Report of the Indian Hemp Drugs Commission, 1894-1895 - Volume VI
Year: 1894
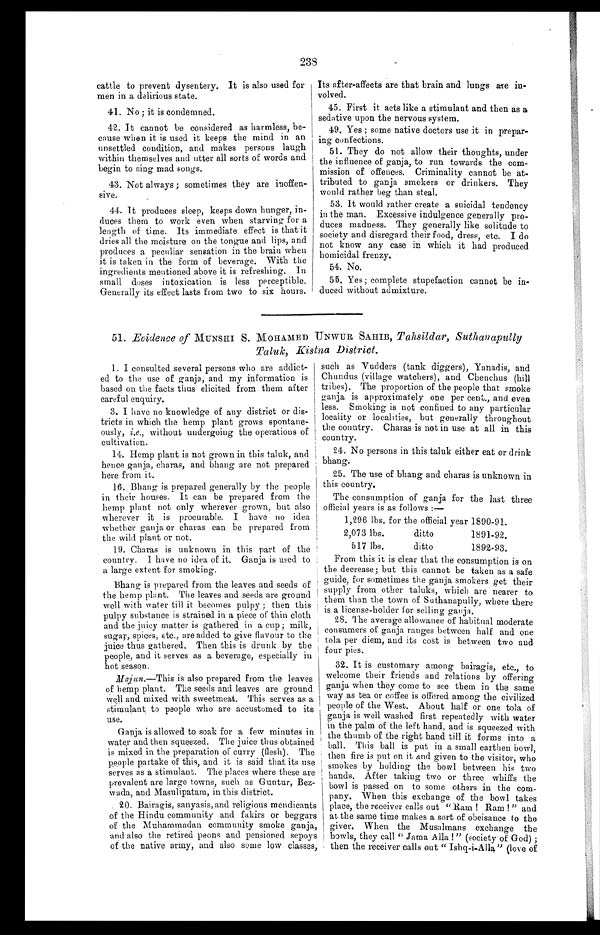
238
cattle to prevent dysentery. It is also used for
men in a delirious state.
41. No ; it is condemned.
42. It cannot be considered as harmless, be-
cause when it is used it keeps the mind in an
unsettled condition, and makes persons laugh
within themselves and utter all sorts of words and
begin to sing mad songs,
43. Not always ; sometimes they are inoffen-
sive.
44. It produces sleep, keeps down hunger, in-
duces them to work even when starving for a
length of time. Its immediate effect is that it
dries all the moisture on the tongue and lips, and
produces a peculiar sensation in the brain when
it is taken in the form of beverage. With the
ingredients mentioned above it is refreshing. In
small doses intoxication is less perceptible.
Generally its effect lasts from two to six hours.
Its after-affects are that brain and lungs ate in-
volved.
45. First it acts like a stimulant and then as a
sedative upon the nervous system.
49. Yes ; some native doctors use it in prepar-
ing confections.
51. They do not allow their thoughts, under
the influence of ganja, to run towards the com-
mission of offences. Criminality cannot be at-
tributed to ganja smokers or drinkers. They
would rather beg than steal.
53. It would rather create a suicidal tendency
in the man. Excessive indulgence generally pro-
duces madness. They generally like solitude to
society and disregard their food, dress, etc. I do
not know any case in which it had produced
homicidal frenzy.
54. No.
55. Yes; complete stupefaction cannot be in-
duced without admixture.
51. Evidence of MUNSHI S. MOHAMED UNWUR SAHIB, Tahsildar, Suthanapully
Taluk, Kistna District.
1. I consulted several persons who are addict-
ed to the use of ganja, and my information is
based on the facts thus elicited from them after
careful enquiry.
3. I have no knowledge of any district or dis-
tricts in which the hemp plant grows spontane-
ously, i.e., without undergoing the operations of
cultivation.
14. Hemp plant is not grown in this taluk, and
hence ganja, charas, and bhang are not prepared
here from it.
16. Bhang is prepared generally by the people
in their houses. It can be prepared from the
hemp plant not only wherever grown, but also
wherever it is procurable. I have no idea
whether ganja or charas can be prepared from
the wild plant or not.
19. Charas is unknown in this part of the
country. I have no idea of it. Ganja is used to
a large extent for smoking.
Bhang is prepared from the leaves and seeds of
the hemp plant. The leaves and seeds are ground
well with water till it becomes pulpy ; then this
pulpy substance is strained in a piece of thin cloth
and the juicy matter is gathered in a cup; milk,
sugar, spices, etc., are added to give flavour to the
juice thus gathered. Then this is drunk by the
people, and it serves as a beverage, especially in
hot season.
Majun.—This is also prepared from the leaves
of hemp plant. The seeds and leaves are ground
well and mixed with sweetmeat. This serves as a
stimulant to people who are accustomed to its
use.
Ganja is allowed to soak for a few minutes in
water and then squeezed. The juice thus obtained
is mixed in the preparation of curry (flesh). The
people partake of this, and it is said that its use
serves as a stimulant. The places where these are
prevalent are large towns, such as Guntur, Bez-
wada, and Masulipatam, in this district.
20. Bairagis, sanyasis, and religious mendicants
of the Hindu community and fakirs or beggars
of the Muhammadan community smoke ganja,
and also the retired peons and pensioned sepoys
of the native army, and also some low classes,
such as Vudders (tank diggers), Yanadis, and
Chundus (village watchers), and Chenchus (hill
tribes). The proportion of the people that smoke
ganja is approximately one per cent., and even
less. Smoking is not confined to any particular
locality or localities, but generally throughout
the country. Charas is not in use at all in this
country.
24. No persons in this taluk either eat or drink
bhang.
25. The use of bhang and charas is unknown in
this country.
The consumption of ganja for the last three
official years is as follows :
—
1,296 lbs. for the official year 1890-91.
2,073 lbs.
ditto
1891-92
517 lbs.
ditto
1 8 9 2 – 9 3 .
From this it is clear that the consumption is on
the decrease; but this cannot be taken as a safe
guide, for sometimes the ganja smokers get their
supply from other taluks, which are nearer to
them than the town of Suthanapully, where there
is a license-holder for selling ganja.
28. The average allowance of habitual moderate
consumers of ganja ranges between half and one
tola per diem, and its cost is between two and
four pies.
32. It is customary among bairagis, etc., to
welcome their friends and relations by offering
ganja when they come to see them in the same
way as tea or coffee is offered among the civilized
people of the West. About half or one tola of
ganja is well washed first repeatedly with water
in the palm of the left hand, and is squeezed with
the thumb of the right hand till it forms into a
ball. This ball is put in a small earthen bowl,
then fire is put on it and given to the visitor, who
smokes by holding the bowl between his two
hands. After taking two or three whiffs the
bowl is passed on to some others in the com-
pany. When this exchange of the bowl takes
place, the receiver calls out " Ram! Ram!" and
at the same time makes a sort of obeisance to the
giver. When the Musalmans exchange the
bowls, they call "Jama Alla!" (society of God) ;
then the receiver calls out "Ishq-i-Alla" (love of